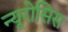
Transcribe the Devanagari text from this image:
न्यूरोसिस